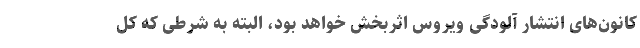
کانون‌های انتشار آلودگی ویروس اثربخش خواهد بود، البته به شرطی که کل